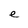
Character: e